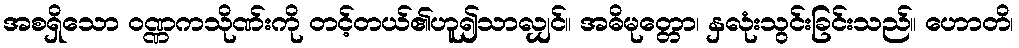
အစရှိသော ဝဏ္ဏကသိုဏ်းကို တင့်တယ်၏ဟူ၍သာလျှင်။ အဓိမုတ္တော၊ နှလုံးသွင်းခြင်းသည်။ ဟောတိ၊